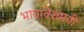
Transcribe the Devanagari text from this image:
भावावेशमयी